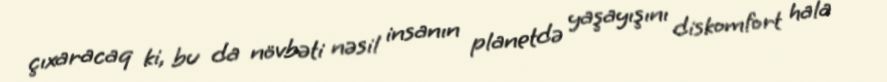
çıxaracaq ki, bu da növbəti nəsil insanın planetdə yaşayışını diskomfort hala